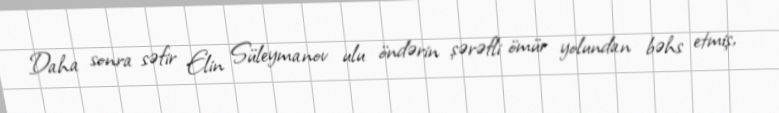
Daha sonra səfir Elin Süleymanov ulu öndərin şərəfli ömür yolundan bəhs etmiş,